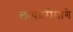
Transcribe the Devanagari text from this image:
लायब्ररीमागे